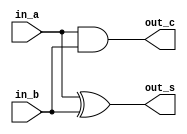
/* CSED273 lab4 experiment 1 */
/* lab4_1.v */


/* Implement Half Adder
 * You may use keword "assign" and bitwise opeartor
 * or just implement with gate-level modeling*/
module halfAdder(
    input in_a,
    input in_b,
    output out_s,
    output out_c
    );

    ////////////////////////
    /* Add your code here */
    xor(out_s, in_a, in_b);
    and(out_c, in_a, in_b);
    ////////////////////////

endmodule

/* Implement Full Adder
 * You must use halfAdder module
 * You may use keword "assign" and bitwise opeartor
 * or just implement with gate-level modeling*/
module fullAdder(
    input in_a,
    input in_b,
    input in_c,
    output out_s,
    output out_c
    );

    ////////////////////////
    /* Add your code here */
    wire c1, c2, tsum;
    halfAdder HA1(in_b, in_c, tsum, c1);
    halfAdder HA2(in_a, tsum, out_s, c2);
    or(out_c, c1, c2);
    
    ////////////////////////

endmodule